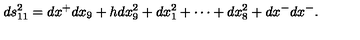
d s _ { 1 1 } ^ { 2 } = d x ^ { + } d x _ { 9 } + h d x _ { 9 } ^ { 2 } + d x _ { 1 } ^ { 2 } + \cdots + d x _ { 8 } ^ { 2 } + d x ^ { - } d x ^ { - } .